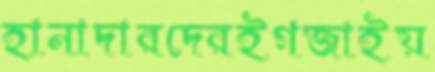
হানাদারদেরইগজাইয়